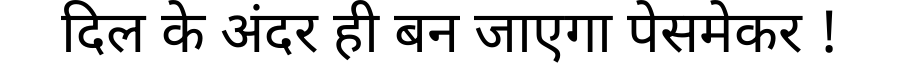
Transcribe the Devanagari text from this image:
दिल के अंदर ही बन जाएगा पेसमेकर !